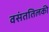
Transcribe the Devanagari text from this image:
वसंततिलकी